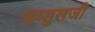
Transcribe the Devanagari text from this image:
शम्सुलजी